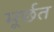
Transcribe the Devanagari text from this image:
मूर्छत